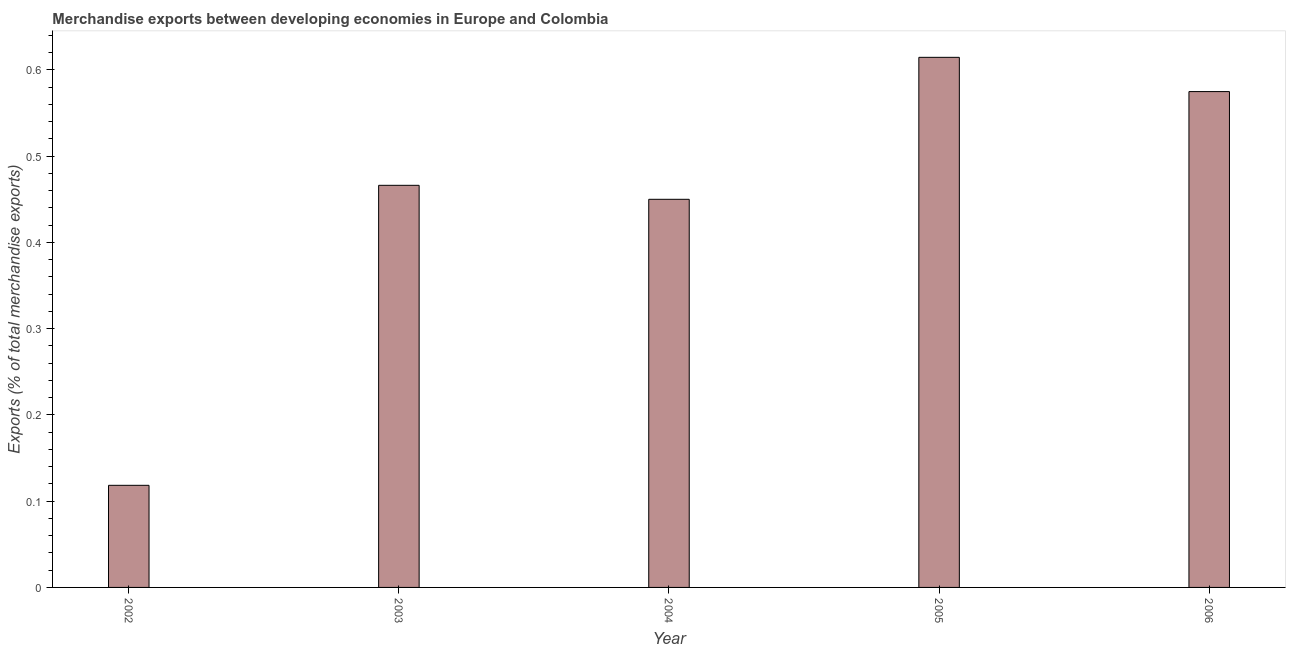
| Year | Merchandise Exports |
 | --- | --- |
 | 2002 | 0.118 |
 | 2003 | 0.466 |
 | 2004 | 0.45 |
 | 2005 | 0.614 |
 | 2006 | 0.575 |